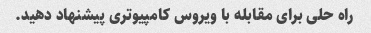
راه حلی برای مقابله با ویروس کامپیوتری پیشنهاد دهید.